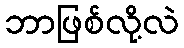
ဘာဖြစ်လို့လဲ